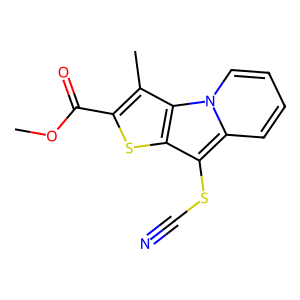
SMILES: COC(=O)c1sc2c(SC#N)c3ccccn3c2c1C
Inhibits HIV replication: No